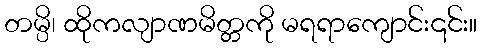
တမ္ပိ၊ ထိုကလျာဏမိတ္တကို မရရာကျောင်း၎င်း။